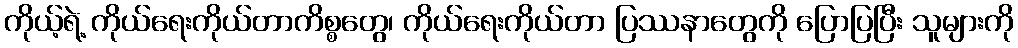
ကိုယ့်ရဲ့ ကိုယ်ရေးကိုယ်တာကိစ္စတွေ၊ ကိုယ်ရေးကိုယ်တာ ပြဿနာတွေကို ပြောပြပြီး သူများကို